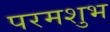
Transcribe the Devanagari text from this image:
परमशुभ